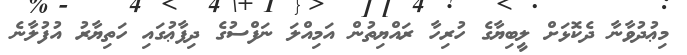
މިޢުދުވާނާ ދެކޮޅަށް ލީބިޔާގެ ހުރިހާ ރައްޔިތުން އަމިއްލަ ނަފްސުގެ ދިފާޢުގައި ހަތިޔާރު އުފުލާނެ